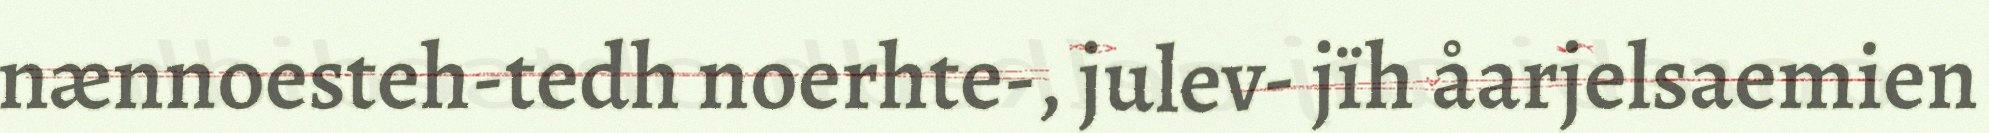
nænnoesteh-tedh noerhte-, julev- jïh åarjelsaemien